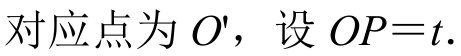
对应点为 \(O'\)，设 \(OP = t\).